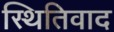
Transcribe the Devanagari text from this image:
स्थितिवाद